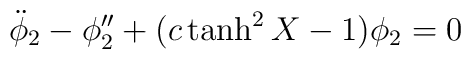
{\ddot \phi}_2 - \phi_2 '' + (c \tanh^2 X -1) \phi_2 = 0